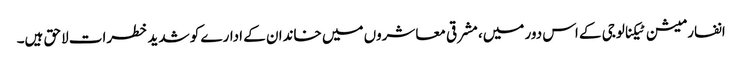
انفارمیشن ٹیکنالوجی کے اس دور میں، مشرقی معاشروں میں خاندان کے ادارے کو شدید خطرات لاحق ہیں۔